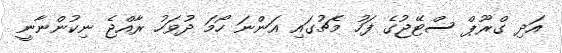
އަދި ގްރޫޕް ސްޓޭޖުގެ ފަހު މެޗުގައި އަންނަ ހޯމަ ދުވަހު ރާއްޖެ ނިކުންނާނީ